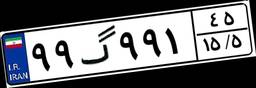
۹۹گ۹۹۱۴۵